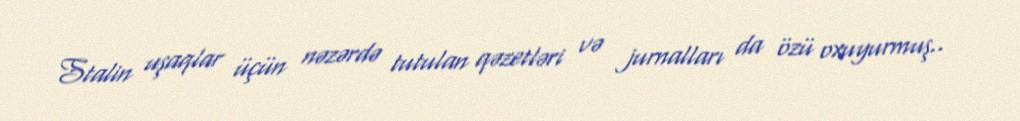
Stalin uşaqlar üçün nəzərdə tutulan qəzetləri və jurnalları da özü oxuyurmuş..